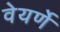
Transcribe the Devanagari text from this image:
वेयर्णे